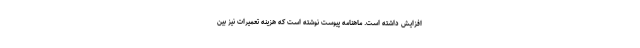
افزایش داشته است. ماهنامه پیوست نوشته است که هزینه تعمیرات نیز بین